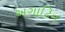
અગાટિન